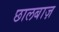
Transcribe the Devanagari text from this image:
छालबाज़